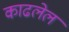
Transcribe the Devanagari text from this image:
काढलेलं